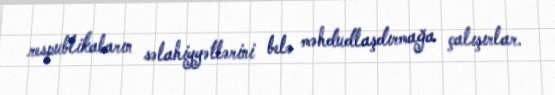
respublikaların səlahiyyətlərini belə məhdudlaşdırmağa çalışırlar.